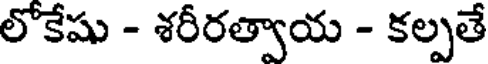
లోకేషు - శరీరత్వాయ - కల్పతే